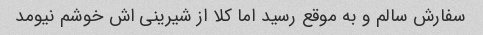
سفارش سالم و به موقع رسید اما کلا از شیرینی اش خوشم نیومد